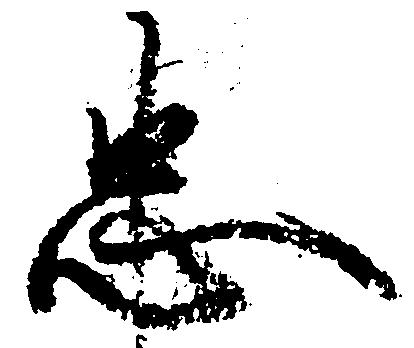
忠